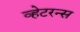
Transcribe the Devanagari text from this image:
व्हेटरन्स